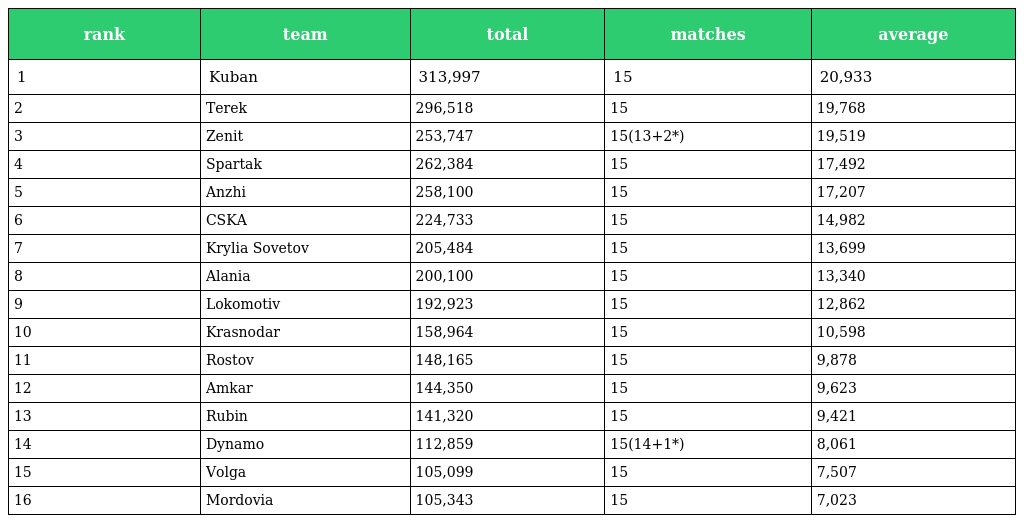
| rank | team | total | matches | average |
 | --- | --- | --- | --- | --- |
 | 1 | Kuban | 313,997 | 15 | 20,933 |
 | 2 | Terek | 296,518 | 15 | 19,768 |
 | 3 | Zenit | 253,747 | 15(13+2*) | 19,519 |
 | 4 | Spartak | 262,384 | 15 | 17,492 |
 | 5 | Anzhi | 258,100 | 15 | 17,207 |
 | 6 | CSKA | 224,733 | 15 | 14,982 |
 | 7 | Krylia Sovetov | 205,484 | 15 | 13,699 |
 | 8 | Alania | 200,100 | 15 | 13,340 |
 | 9 | Lokomotiv | 192,923 | 15 | 12,862 |
 | 10 | Krasnodar | 158,964 | 15 | 10,598 |
 | 11 | Rostov | 148,165 | 15 | 9,878 |
 | 12 | Amkar | 144,350 | 15 | 9,623 |
 | 13 | Rubin | 141,320 | 15 | 9,421 |
 | 14 | Dynamo | 112,859 | 15(14+1*) | 8,061 |
 | 15 | Volga | 105,099 | 15 | 7,507 |
 | 16 | Mordovia | 105,343 | 15 | 7,023 |